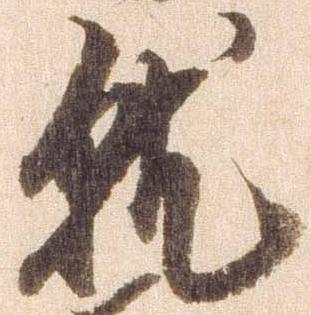
就